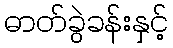
ဓာတ်ခွဲခန်းနှင့်